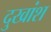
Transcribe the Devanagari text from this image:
दुखांश